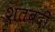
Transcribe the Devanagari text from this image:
शतबदी